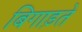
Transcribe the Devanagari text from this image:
बिगाड़ते